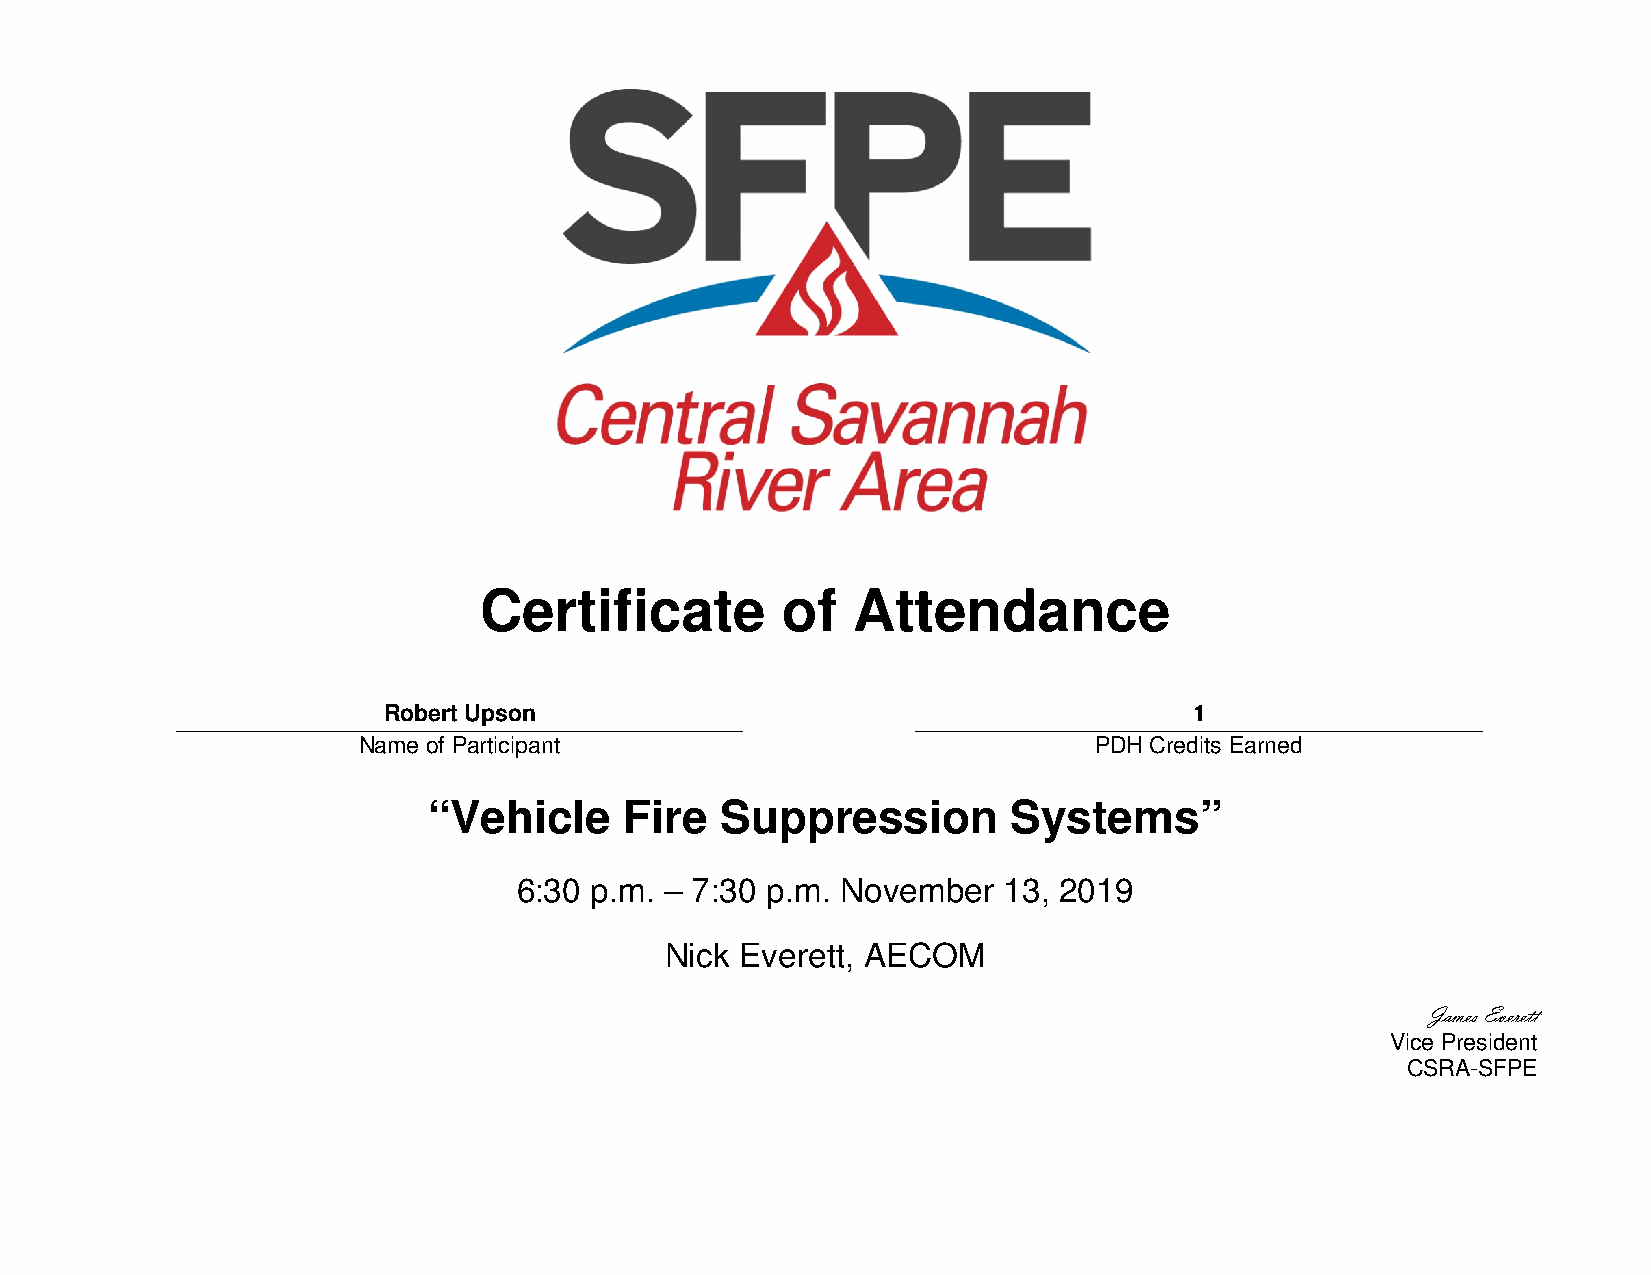
Certificate         of  Attendance
 Robert Upson                                          1
 Name of Participant                             PDH Credits Earned
 “Vehicle     Fire   Suppression        Systems”
 6:30 p.m. – 7:30 p.m. November  13, 2019
 Nick Everett, AECOM
 James Everett
 Vice President
 CSRA-SFPE